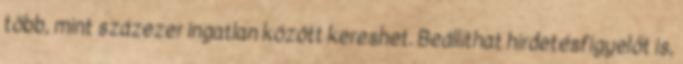
több, mint százezer ingatlan között kereshet. Beállíthat hirdetésfigyelőt is,